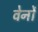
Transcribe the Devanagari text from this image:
वेर्नों